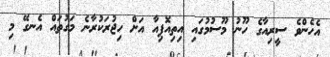
އެހެންވެ ސީރިއާގެ ހޫނު މޫސުމުގައި އިތިއޮޕިއާ އަށް ހިޖުރަކުރާނެ މަގުތައް އެނގޭ މި